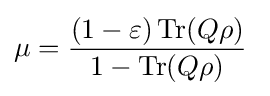
\mu ={\frac {(1-\varepsilon )\operatorname {Tr} (Q\rho )}{1-\operatorname {Tr} (Q\rho )}}~